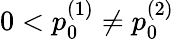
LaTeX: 0<p_{0}^{(1)}\neq p_{0}^{(2)}